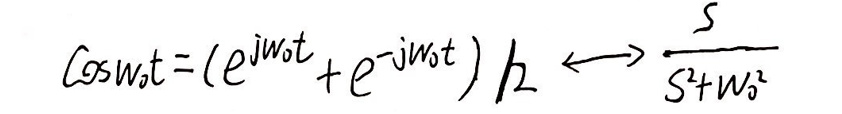
\[
\cos \omega_0 t=\frac{(e^{j\omega_0 t}+e^{-j\omega_0 t})}{2}\longleftrightarrow\frac{s}{s^{2}+\omega_0^{2}}
\]